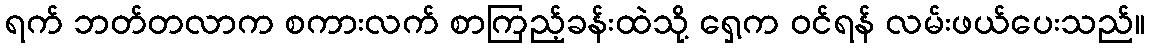
ရက် ဘတ်တလာက စကားလက် စာကြည့်ခန်းထဲသို့ ရှေ့က ဝင်ရန် လမ်းဖယ်ပေးသည်။